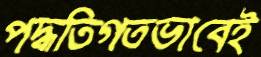
পদ্ধতিগতভাবেই